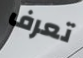
تعرف